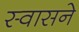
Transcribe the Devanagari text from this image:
स्वासने